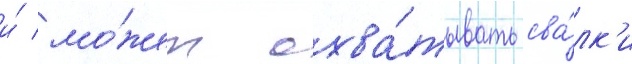
и́ мо́жет охва́тывать сва́лк'и